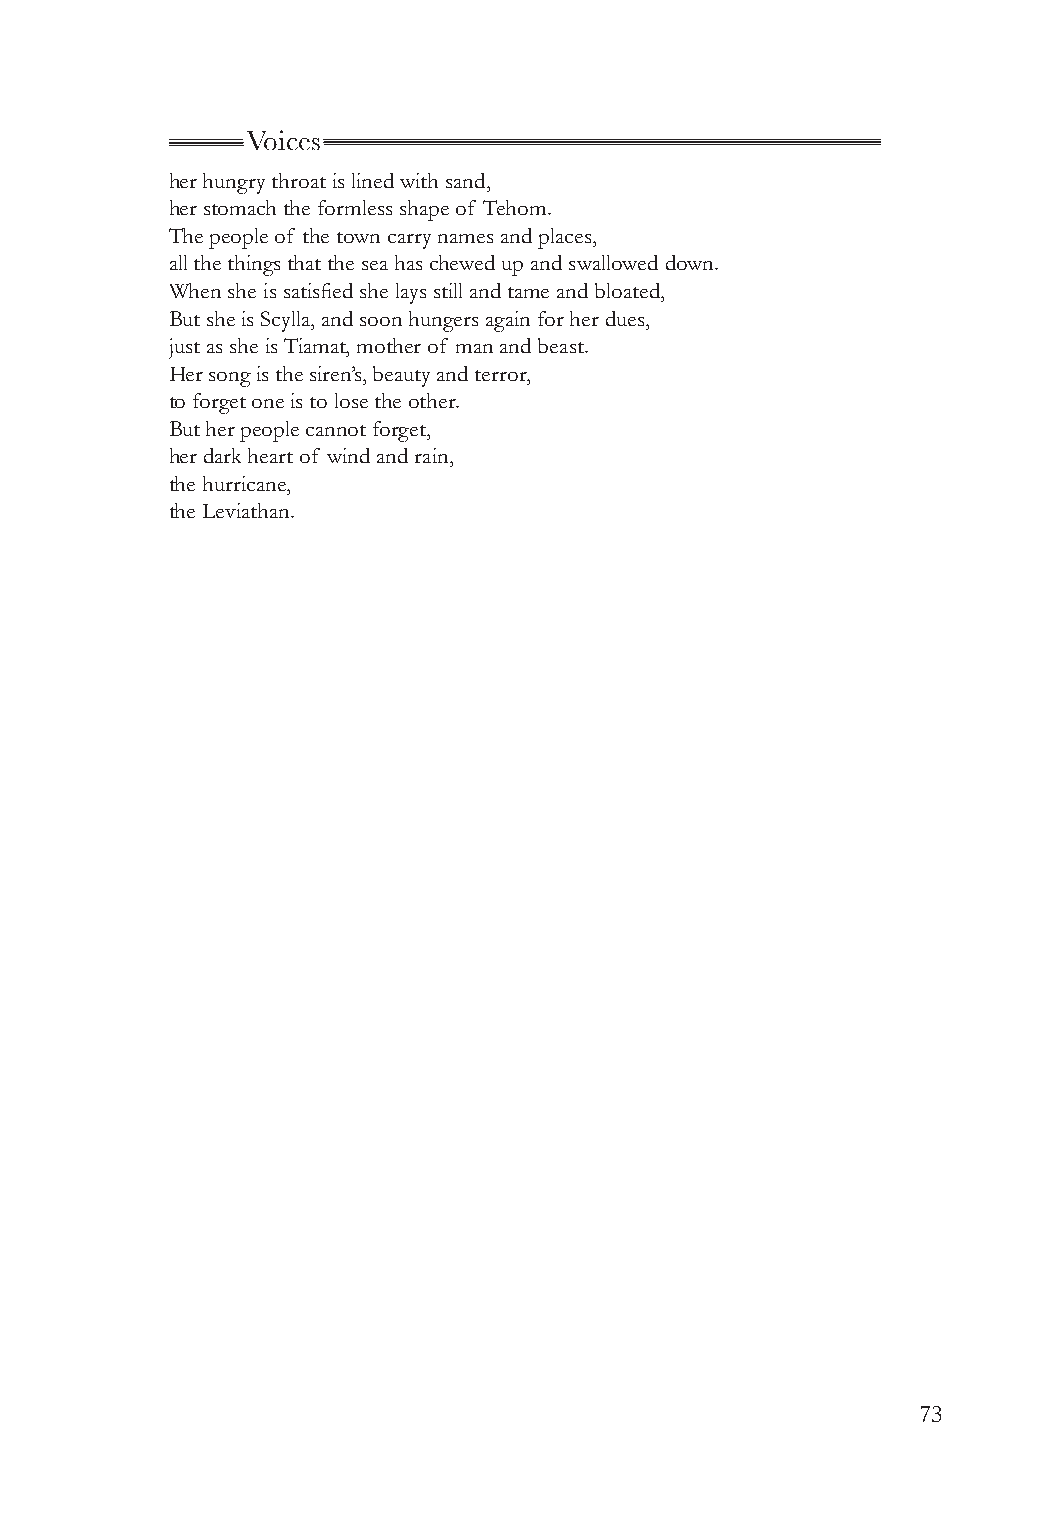
Voices
 her hungry throat is lined with sand,
 her stomach the formless shape of Tehom.
 The people of the town carry names and places,
 all the things that the sea has chewed up and swallowed down.
 When she is satisfied she lays still and tame and bloated,
 But she is Scylla, and soon hungers again for her dues,
 just as she is Tiamat, mother of man and beast.
 Her song is the siren’s, beauty and terror,
 to forget one is to lose the other.
 But her people cannot forget,
 her dark heart of wind and rain,
 the hurricane,
 the Leviathan.
 73